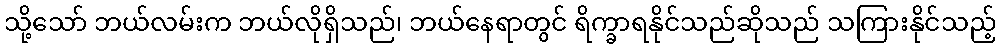
သို့သော် ဘယ်လမ်းက ဘယ်လိုရှိသည်၊ ဘယ်နေရာတွင် ရိက္ခာရနိုင်သည်ဆိုသည် သကြားနိုင်သည့်